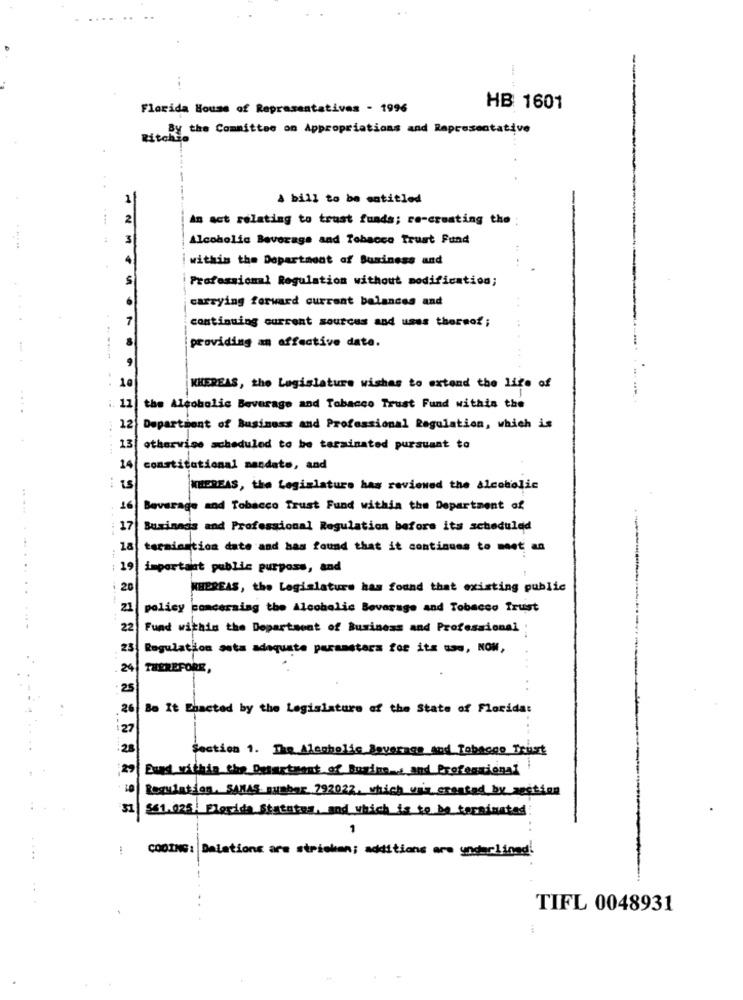
-
Florida House of Representatives - 1996
HB 1601
By the Committee on Appropriations and Representative
Ritchie
A bill to be entitled
2
An act relating to trust funds; re-creating the
3
Alcoholic Beverage and Tobacco Trust Fund
within the Department of Business and
5
Professional Regulation without modification;
carrying forward current balances and
7
continuing current sources and uses thereof;
providing an effective date.
10
KHEREAS, the Legislature wishes to extend the life of
....
11
the Alcoholic Beverage and Tobacco Trust Fund within the
12
Department of Business and Professional Regulation, which is
13
otherwise scheduled to be terminated pursuant to
14/
constitutional mandate, and
WHEREAS, the Legislature has reviewed the alcoholic
16 Beverage and Tobacco Trust Fund within the Department of
17
Buxinads and Professional Regulation before its scheduled
18
termination date and has found that it continues to meet an
...-
19
important public purpose, and
20
WHEREAS, the Legislature has found that existing public
21
policy concerning the Alcoholic Beverage and Tobacco Trust
...-
22
Fund within the Department of Business and Professional :
23
Regulation sata adequate parameters for its use, NOW,
24
THEREFORE,
25
Be It Enacted by the Legislature of the State of Florida:
Section 1. The Alcoholic Beverage and Tobacco Trust
29
Boas within the Department of Business and Professional
Regulation. SAMAS number ?92022, which was created by section
31
$61.025 Florida Statutes, and which is to be terminated
1
CODING: Dalations are stricken; additions are underlined!
TIFL 0048931